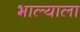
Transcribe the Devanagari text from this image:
भाल्याला